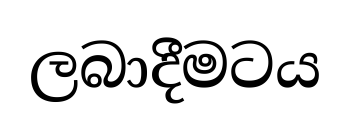
ලබාදීමටය